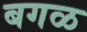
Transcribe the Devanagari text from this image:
बगळ